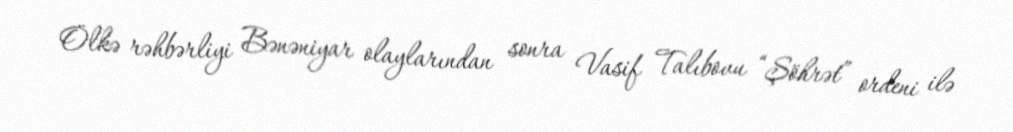
Ölkə rəhbərliyi Bənəniyar olaylarından sonra Vasif Talıbovu “Şöhrət” ordeni ilə